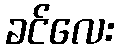
ခင်လေး